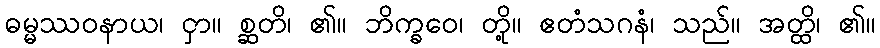
ဓမ္မဿဝနာယ၊ ငှာ။ စ္ဆတိ၊ ၏။ ဘိက္ခဝေ၊ တို့။ ဧတံသဂနံ၊ သည်။ အတ္ထိ၊ ၏။